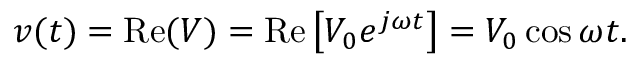
v ( t ) = \mathrm { R e } ( V ) = \mathrm { R e } \left[ V _ { 0 } e ^ { j \omega t } \right] = V _ { 0 } \cos \omega t .